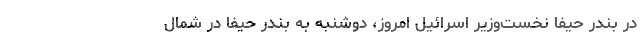
در بندر حیفا نخست‌وزیر اسرائیل امروز، دوشنبه به بندر حیفا در شمال